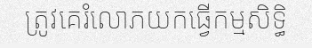
ត្រូវគេរំលោភយកធ្វើកម្មសិទ្ធិ